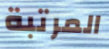
المرتبة